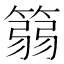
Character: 篛